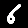
Digit: 6